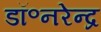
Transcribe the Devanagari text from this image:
डॉ॰नरेन्द्र